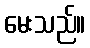
မေးသည်။